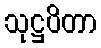
သုဋ္ဌပိတာ